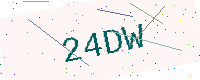
Text: 24DW